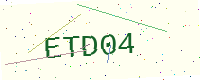
Text: ETD04